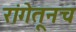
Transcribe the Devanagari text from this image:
रांगेतूनच